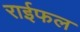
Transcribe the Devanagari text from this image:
राईफल